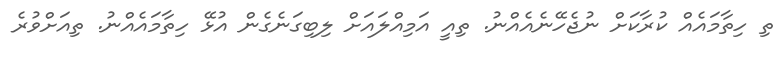
ތި ހިތާމައެއް ކުރާކަށް ނުޖެހޭނެއެއްނު. ތިއީ އަމިއްލައަށް ލިބިގަނެގެން އުޅޭ ހިތާމައެއްނު. ތިއަށްވުރެ